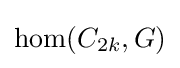
\operatorname {hom} (C_{2k},G)